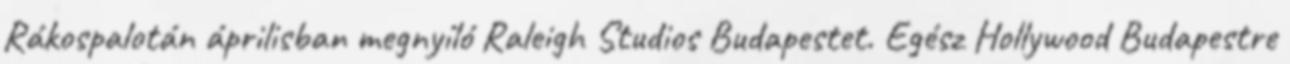
Rákospalotán áprilisban megnyíló Raleigh Studios Budapestet. Egész Hollywood Budapestre